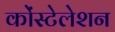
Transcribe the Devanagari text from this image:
कोंस्टेलेशन